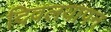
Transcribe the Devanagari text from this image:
दिवलयापन